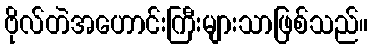
ဗိုလ်တဲအဟောင်းကြီးများသာဖြစ်သည်။